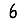
Digit: 6